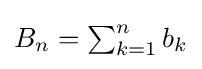
{\textstyle B_{n}=\sum _{k=1}^{n}b_{k}}